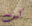
كيف